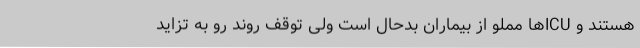
هستند و ICUها مملو از بیماران بدحال است ولی توقف روند رو به تزاید